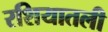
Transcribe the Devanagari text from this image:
रशियातली